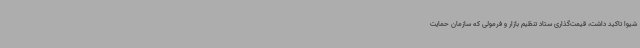
شیوا تاکید داشت، قیمت‌گذاری ستاد تنظیم بازار و فرمولی که سازمان حمایت